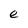
Character: e